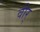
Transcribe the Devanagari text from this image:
वीर्